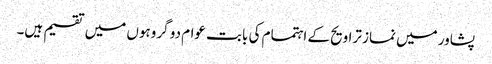
پشاور میں نماز تراویح کے اہتمام کی بابت عوام دو گروہوں میں تقسیم ہیں۔